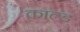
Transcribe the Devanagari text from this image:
काल्ड